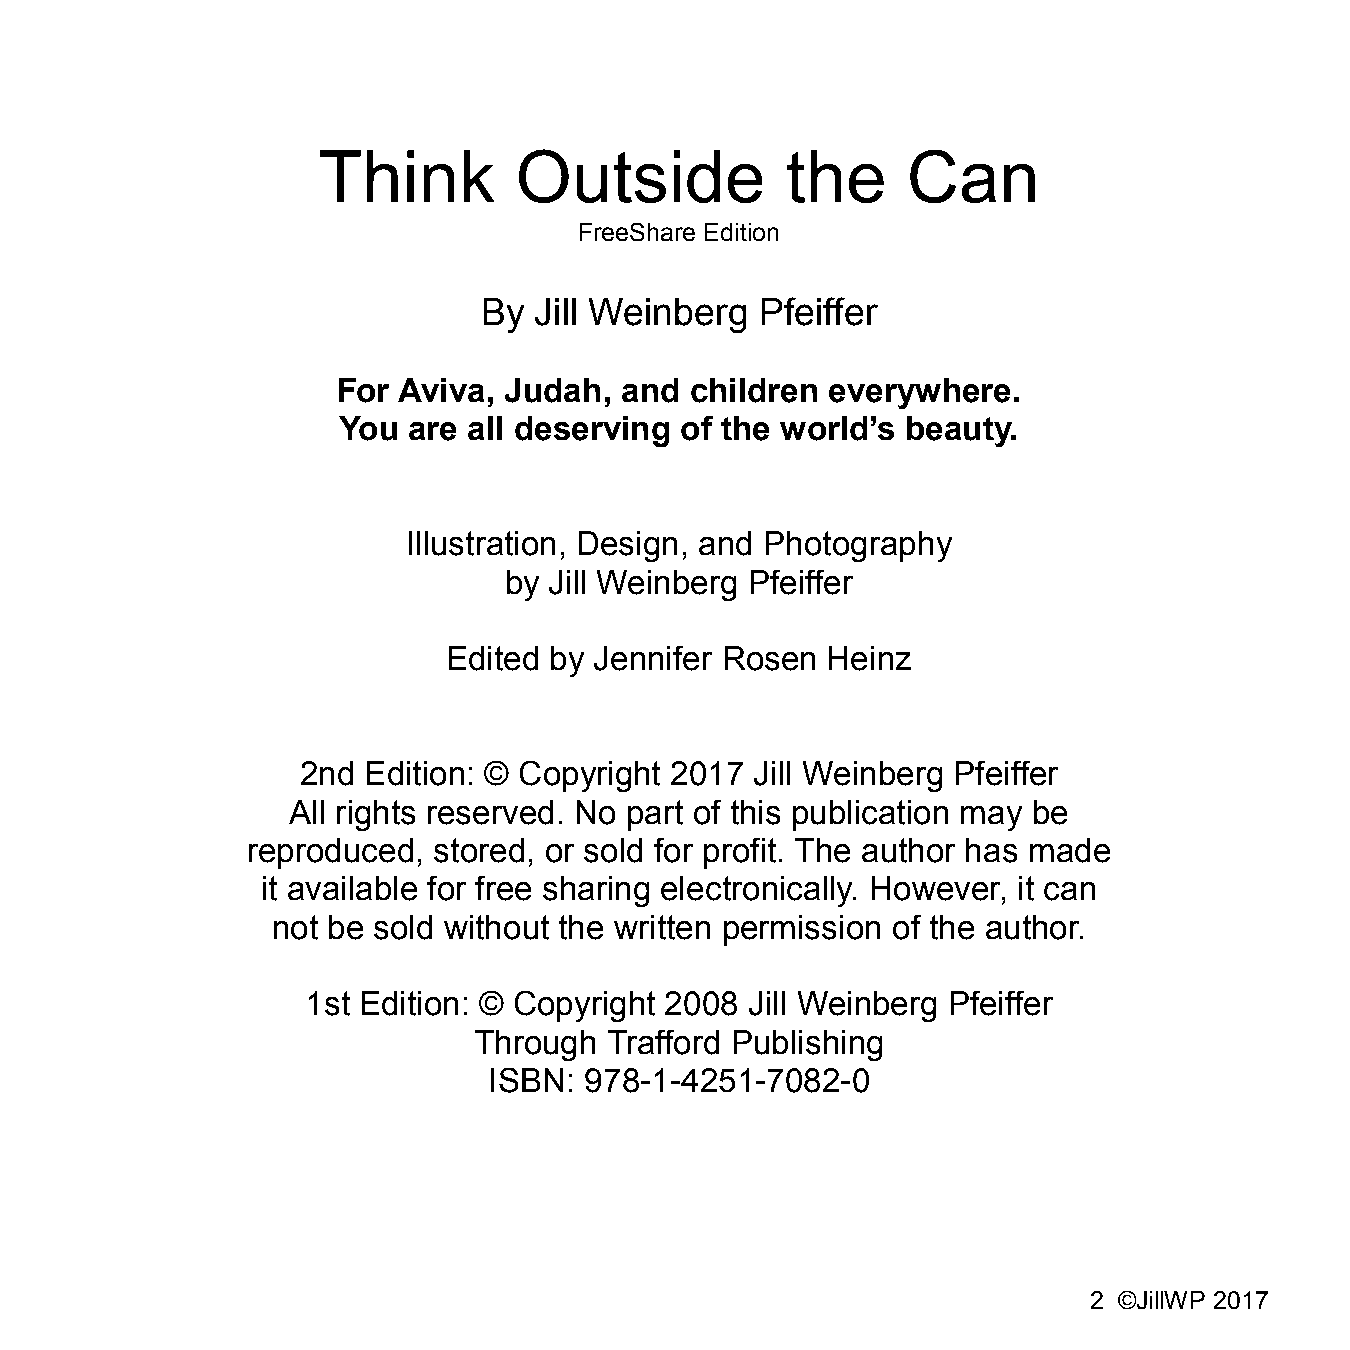
Think        Outside           the     Can
 FreeShare Edition
 By Jill Weinberg  Pfeiffer
 For Aviva, Judah,  and  children everywhere.
 You  are all deserving of the world’s beauty.
 Illustration, Design, and Photography
 by Jill Weinberg Pfeiffer
 Edited by Jennifer Rosen Heinz
 2nd Edition: © Copyright 2017 Jill Weinberg Pfeiffer
 All rights reserved. No part of this publication may be
 reproduced,  stored, or sold for profit. The author has made
 it available for free sharing electronically. However, it can
 not be sold without the written permission of the author.
 1st Edition: © Copyright 2008 Jill Weinberg Pfeiffer
 Through  Trafford Publishing
 ISBN:  978-1-4251-7082-0
 2 ©JillWP 2017